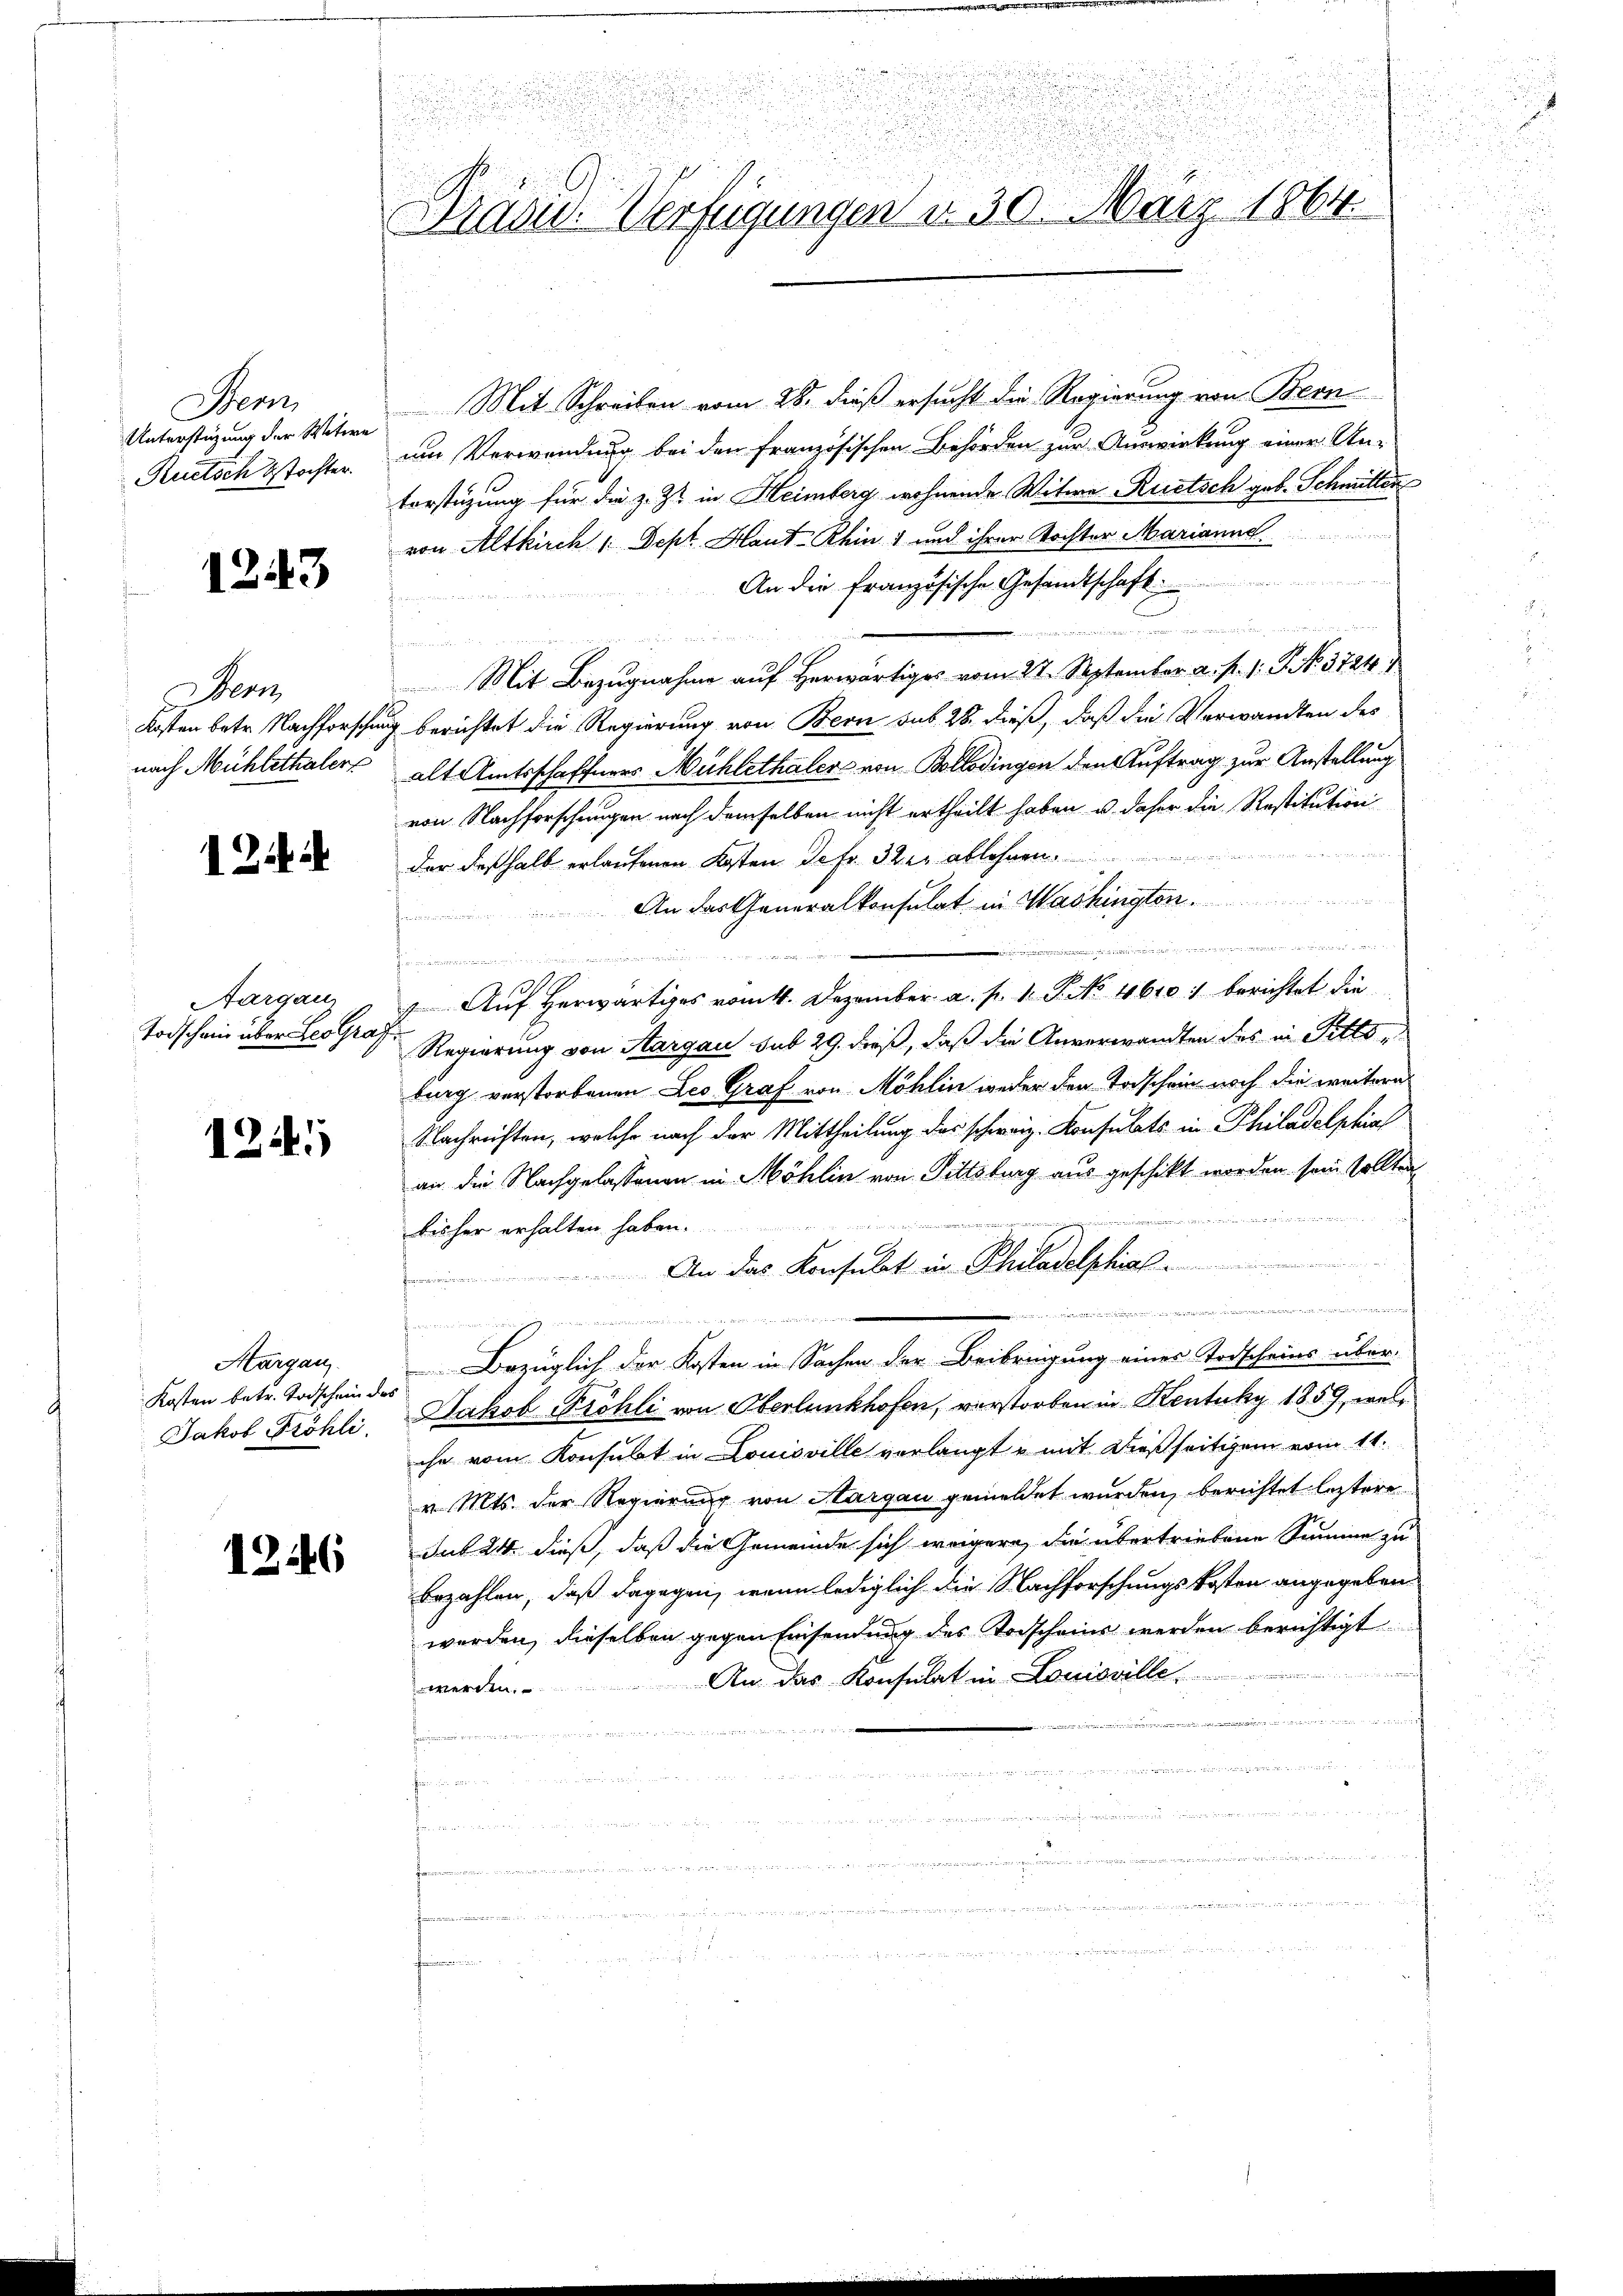
Sem
Unterstüzung der Witwe
Ruetsch stochter.

1243

Bern
nach Mühlethaler

12

Aargau,
Todschain über Les Graf

124

Margau
Kosten betr. Todschein des
Jakob Fröhli

126

Präsid. Verfügungen d. 30. März 1864.

Mit Schreiben vom 28. dieß ersucht die Regierung von Bern
um Verwendung bei den französischen Behörden zur Auswirkung einer An-
torstüzung für die z. Z. in Heimberg wohnende Witwe Ruetsch geb. Schmitten
von Altkirch 1 Sept Haut- Rhin, und ihrer Tochter Marianne
An die Französische Gesandtschaft
himmen einen
s
d
Mit Bezugnahme auf herwärtiges vom 22. September a. p. 1. J. No. 3724.
Kosten betr. Nachforschung berichtet die Regierung von Bern sub 28. dieß, daß die Verwandten des
alt Amtsschaffners Mühlethaler von Bollodingen den Auftrag zur Anstellung
von Nachforschungen nach demselben nicht ertheilt haben u. daher die Restitution
der deßhalb erlaufenen Kosten de fr. 32 er ablehnen.
An das Generalkonsulat in Washington

.
 Auf Herwärtiges vom 1. Dezember a. p. 1. P. No 4610. berichtet die
Regierung von Aargau sub 29. dieß, daß die Anverwandten des in Pittsburg verstorbenen Leo Graf von Möhlin weder den Todschein noch die weitern
Nachrichten, welche nach der Mittheilung des schweiz. Konsulats in Philadelphia
an die Nachgelassenen in Möhlin von Pittsburg aus geschikt worden sein sollten

u
bisher erhalten haben.
An das Konsulat in Philadelphia
Perminen

.
a
Bezüglich der Kosten in Sachen der Beibringung eines Todscheins über-
Jakob Pröhli von Oberlunkhofen, verstorben in Kentuky 1859, welche vom Konsulat in Louisville verlangt u mit dießseitigem vom 11.
v. Mts. der Regierung von Aargau gemeldet wurden, berichtet leztere
Sut 24. dieß, daß die Gemeinde sich weigern, die übertriebene Summe zu
bezahlen, daß dagegen, wenn lediglich die Nachforschungskosten angegeben
werden, dieselben gegen Einsendung des Vorscheine werden berichtigt
An das Konsulat in Louisville.  ..  ..  .
werden.
t
ngen u zweier in einen
 ..  ..  ..
u

n
.
.

t